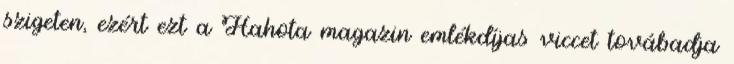
szigeten, ezért ezt a Hahota magazin emlékdíjas viccet továbadja